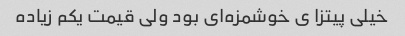
خیلی پیتزا ی خوشمزه‌ای بود ولی قیمت یکم زیاده